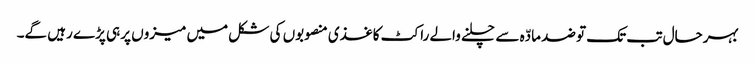
بہرحال تب تک تو ضد مادّہ سے چلنے والے راکٹ کاغذی منصوبوں کی شکل میں میزوں پر ہی پڑے رہیں گے۔